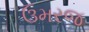
ઉમરજ